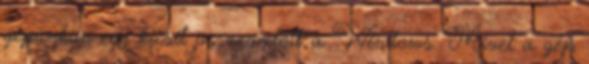
gépünkön egy kicsit összeomlott a Windows. Mivel a gép